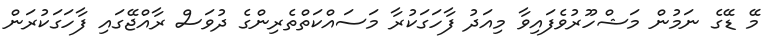
މޭ ޑޭގެ ނަމުން މަޝްހޫރުވެފައިވާ މިއަދު ފާހަގަކުރާ މަސައްކަތްތެރިންގެ ދުވަސް ރާއްޖޭގައި ފާހަގަކުރަން